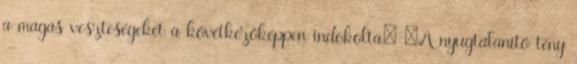
a magas veszteségeket a következőképpen indokolta: „A nyugtalanító tény